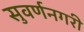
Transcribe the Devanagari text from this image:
सुवर्णनगरी